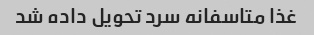
غذا متاسفانه سرد تحویل داده شد